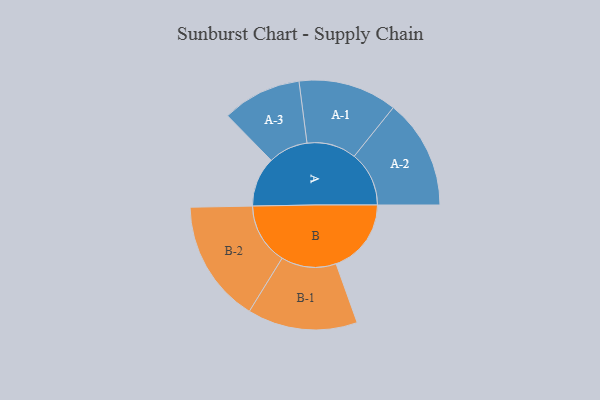
{"axis": {"x": "Segment", "y": "Value"}, "legend": ["", "A", "B"], "data": [{"x": "A", "y": 230, "type": ""}, {"x": "B", "y": 347, "type": ""}, {"x": "A-1", "y": 228, "type": "A"}, {"x": "A-2", "y": 253, "type": "A"}, {"x": "A-3", "y": 183, "type": "A"}, {"x": "B-1", "y": 254, "type": "B"}, {"x": "B-2", "y": 283, "type": "B"}]}